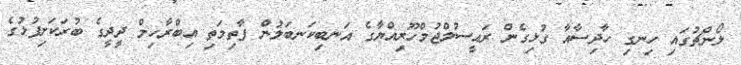
ލޯންޗުގައި ހިނގި ހާދިސާއާ ގުޅިގެން ރައީސުލްޖުމްހޫރިއްޔާގެ އަނބިކަނބަލުން ފާތިމަތި އިބްރާހިމް ދީދީގެ ބުރަކަށިފުޅުގެ